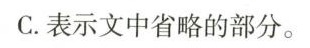
C.表示文中省略的部分。